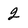
Character: 2